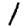
Digit: 1